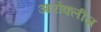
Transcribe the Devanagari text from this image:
आरोक्लीज़